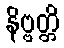
နိဗ္ဗတ္တိ